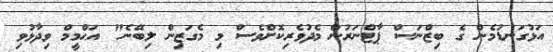
އަޅުގަނޑުމެން ގެ ބިޒްނަސް ޕާޓްނަރުން މެދުވެރިކޮށްވެސް މި މެގަޒިން ލިބޭނެ" އަޙްމީމް ވިދާޅުވި